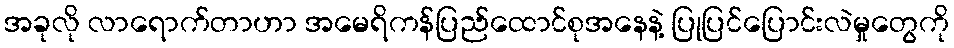
အခုလို လာရောက်တာဟာ အမေရိကန်ပြည်ထောင်စုအနေနဲ့ ပြုပြင်ပြောင်းလဲမှုတွေကို